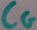
Text: CG